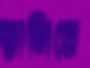
ভানিতে